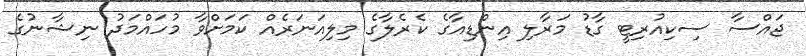
ޖައްސާ ސިކިއުރިޓީ ގާޑު މަރާލި އިންޑިއާގެ ކެެރެލާގެ މިލިއަނަރެއް ކަމަށްވާ މުހައްމަދު ނިޝާނުގެ